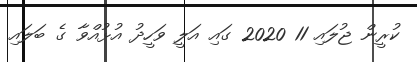
ކުރީން ޖުލައި 11 2020 ގައި އަލީ ވަހީދު އުޅުއްވާ ގެ ބަލައި